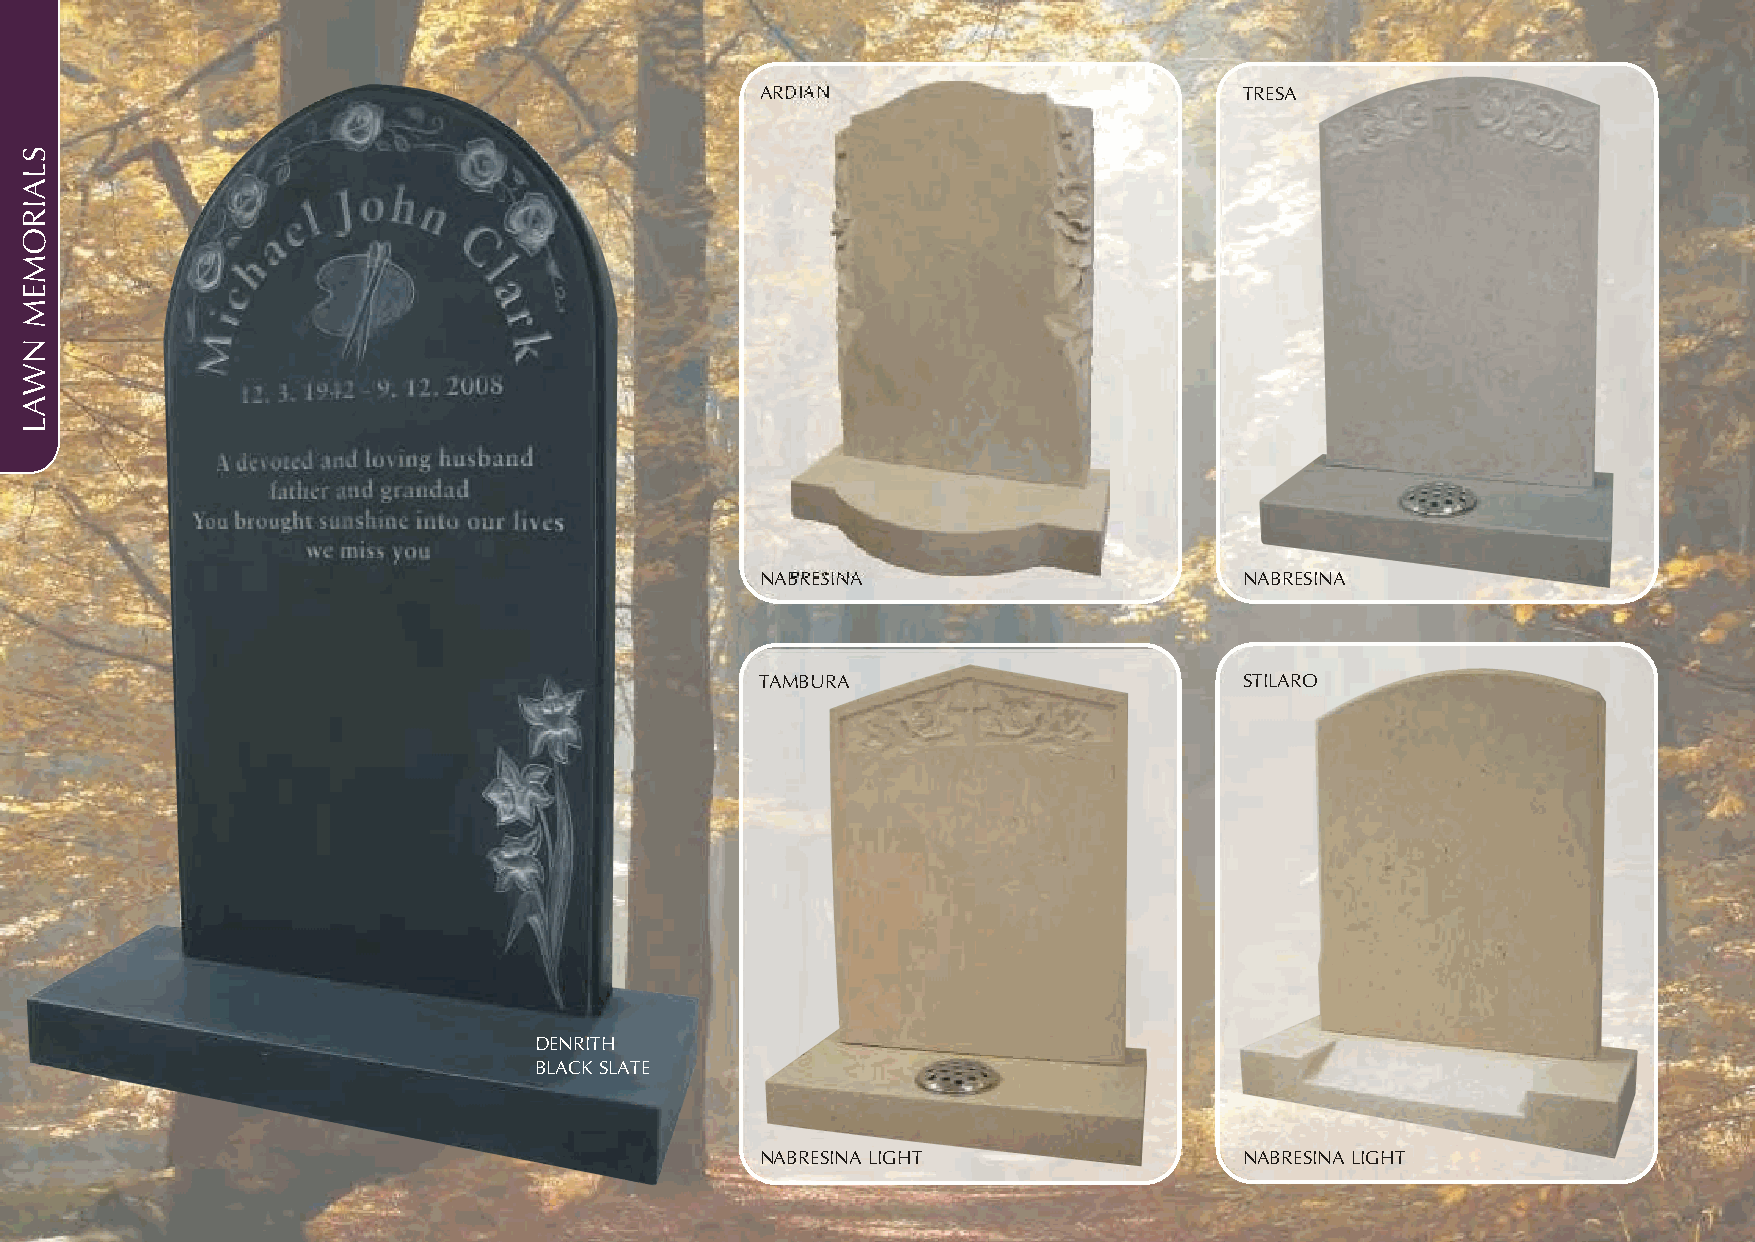
ARDIAN                          TRESA
 NABRESINA                       NABRESINA
 TAMBURA                         STILARO
 DENRITH
 BLACK SLATE
 NABRESINA LIGHT                 NABRESINA LIGHT
 SLAIROMEM
 NWAL